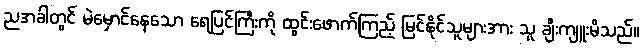
ညအခါတွင် မဲမှောင်နေသော ရေပြင်ကြီးကို ထွင်းဖောက်ကြည့် မြင်နိုင်သူများအား သူ ချီးကျူးမိသည်။